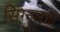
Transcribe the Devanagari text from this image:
सिग्नलची